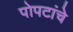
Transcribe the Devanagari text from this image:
पोपटांचे